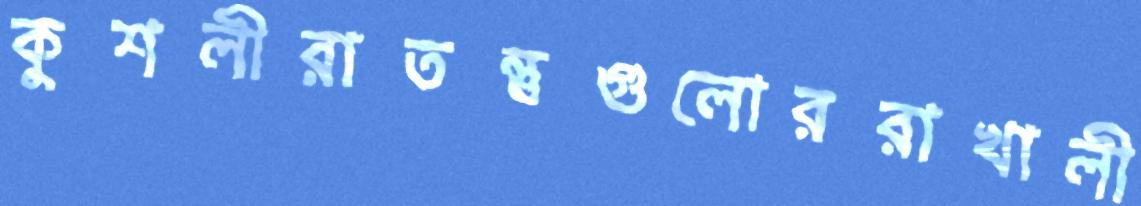
কুশলীরাতন্তুগুলোররাখালী